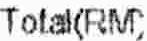
TOTAL(RM)